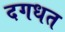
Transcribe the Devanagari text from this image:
दगधत